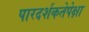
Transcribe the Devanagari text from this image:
पारदर्शकतेपेक्षा